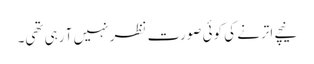
نیچے اترنے کی کوئی صورت نظر نہیں آ رہی تھی۔